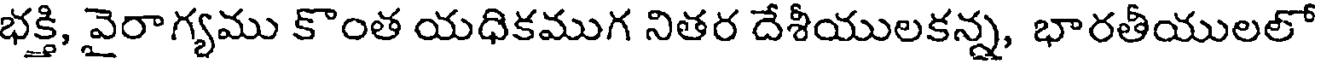
భక్తి, వైరాగ్యము కొంత యధికముగ నితర దేశీయులకన్న, భారతీయులలో